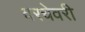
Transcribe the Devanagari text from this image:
वरचेवरी